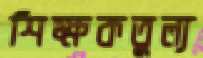
শিক্ষকতুল্য